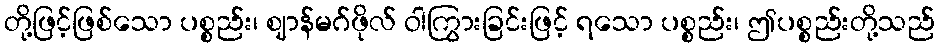
တို့ဖြင့်ဖြစ်သော ပစ္စည်း၊ ဈာန်မဂ်ဖိုလ် ဝါကြွားခြင်းဖြင့် ရသော ပစ္စည်း၊ ဤပစ္စည်းတို့သည်